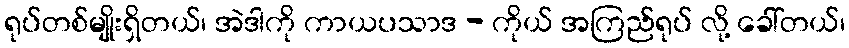
ရုပ်တစ်မျိုးရှိတယ်၊ အဲဒါကို ကာယပသာဒ - ကိုယ် အကြည်ရုပ် လို့ ခေါ်တယ်၊